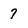
Character: 7